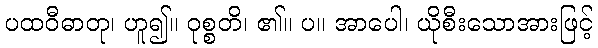
ပထဝီဓာတု၊ ဟူ၍။ ဝုစ္စတိ၊ ၏။ ပ။ အာပေါ၊ ယိုစီးသောအားဖြင့်